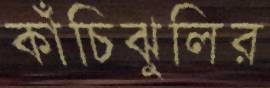
কাঁচিঝুলির